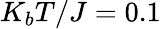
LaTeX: K_{b}T/J=0.1